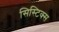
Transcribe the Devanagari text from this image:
सिस्टिक्स